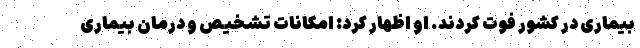
بیماری در کشور فوت کردند. او اظهار کرد: امکانات تشخیص و درمان بیماری